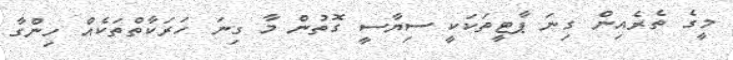
މީގެ ތެރެއިން ގިނަ ޕާޓީތަކަކީ ސިޔާސީ ގޮތުން މާ ގިނަ ހަރަކާތްތަކެއް ހިންގާ